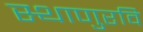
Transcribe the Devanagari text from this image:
स्थाणुरवि